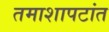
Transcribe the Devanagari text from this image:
तमाशापटांत